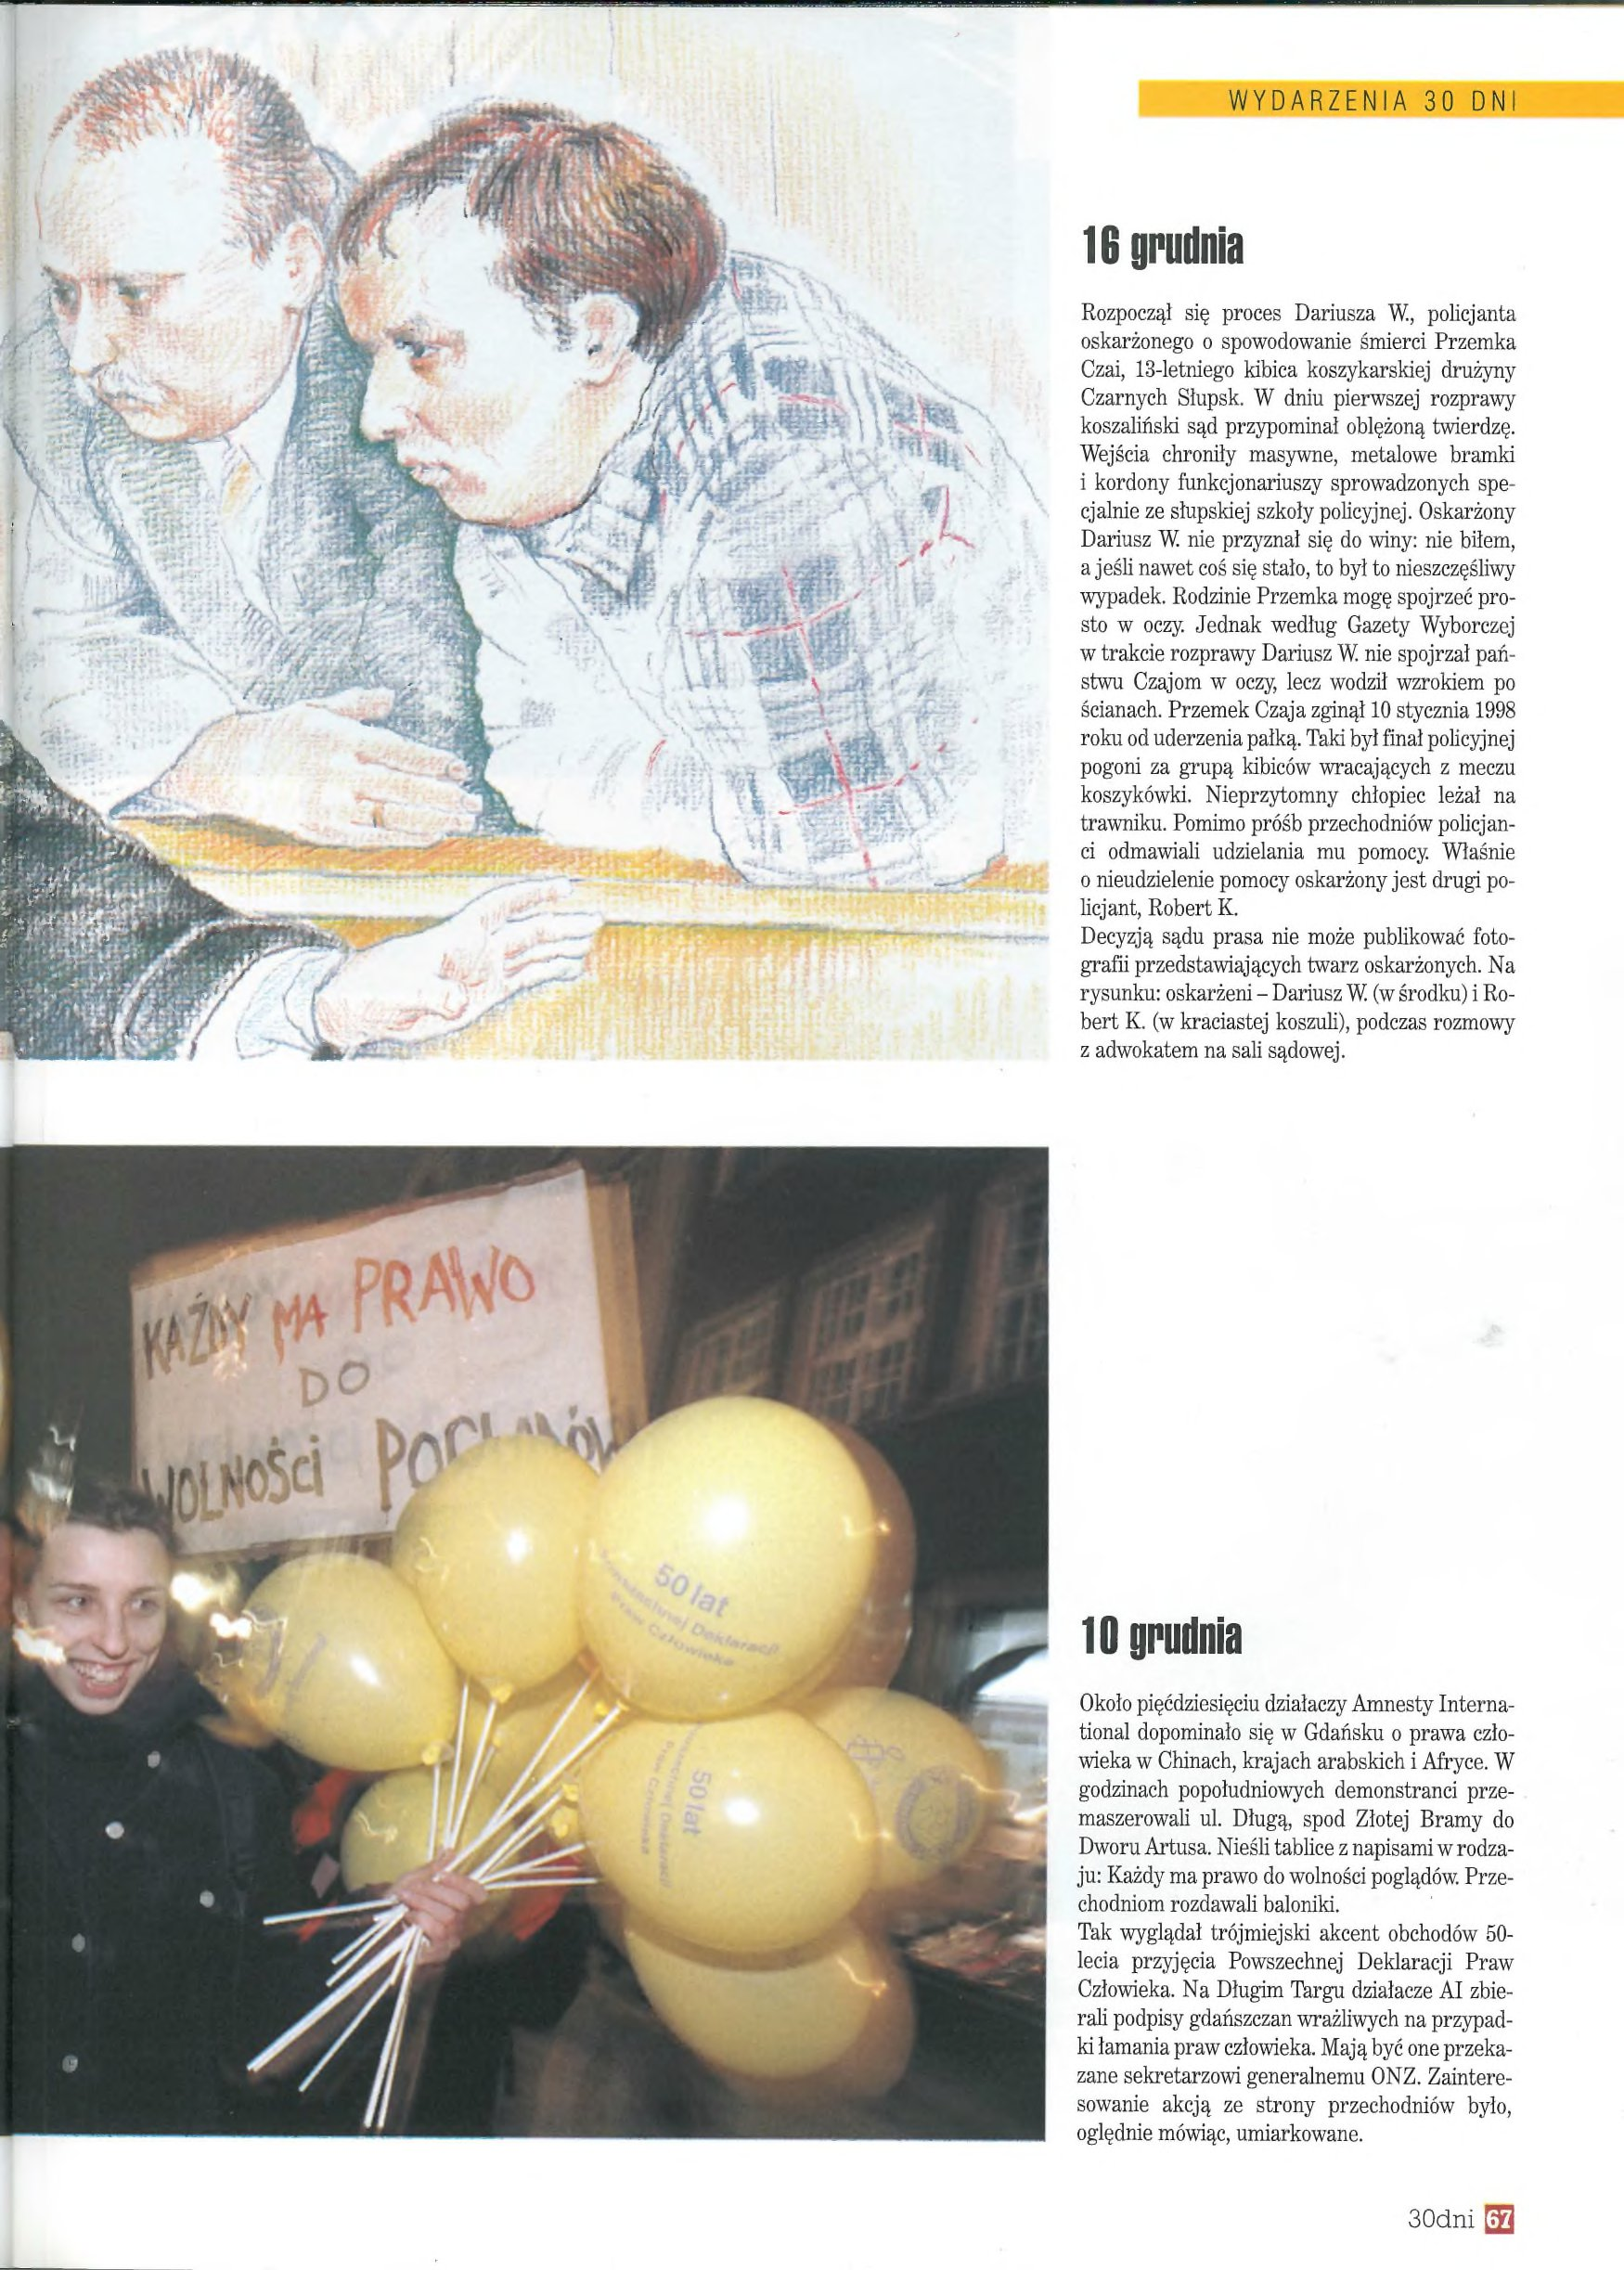
Language: pl